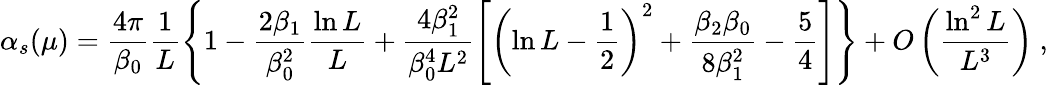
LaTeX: \alpha_{s}(\mu)=\frac{4\pi}{\beta_{0}}\frac{1}{L}\left\{ 1-\frac{2\beta_{1}}{\beta_{0}^{2}}\frac{\ln L}{L}+\frac{4\beta_{1}^{2}}{\beta_{0}^{4}L^{2}}\left[\left(\ln L-\frac{1}{2}\right)^{2}+\frac{\beta_{2}\beta_{0}}{8\beta_{1}^{2}}-\frac{5}{4}\right]\right\} +O\left(\frac{\ln^{2}L}{L^{3}}\right)\ ,